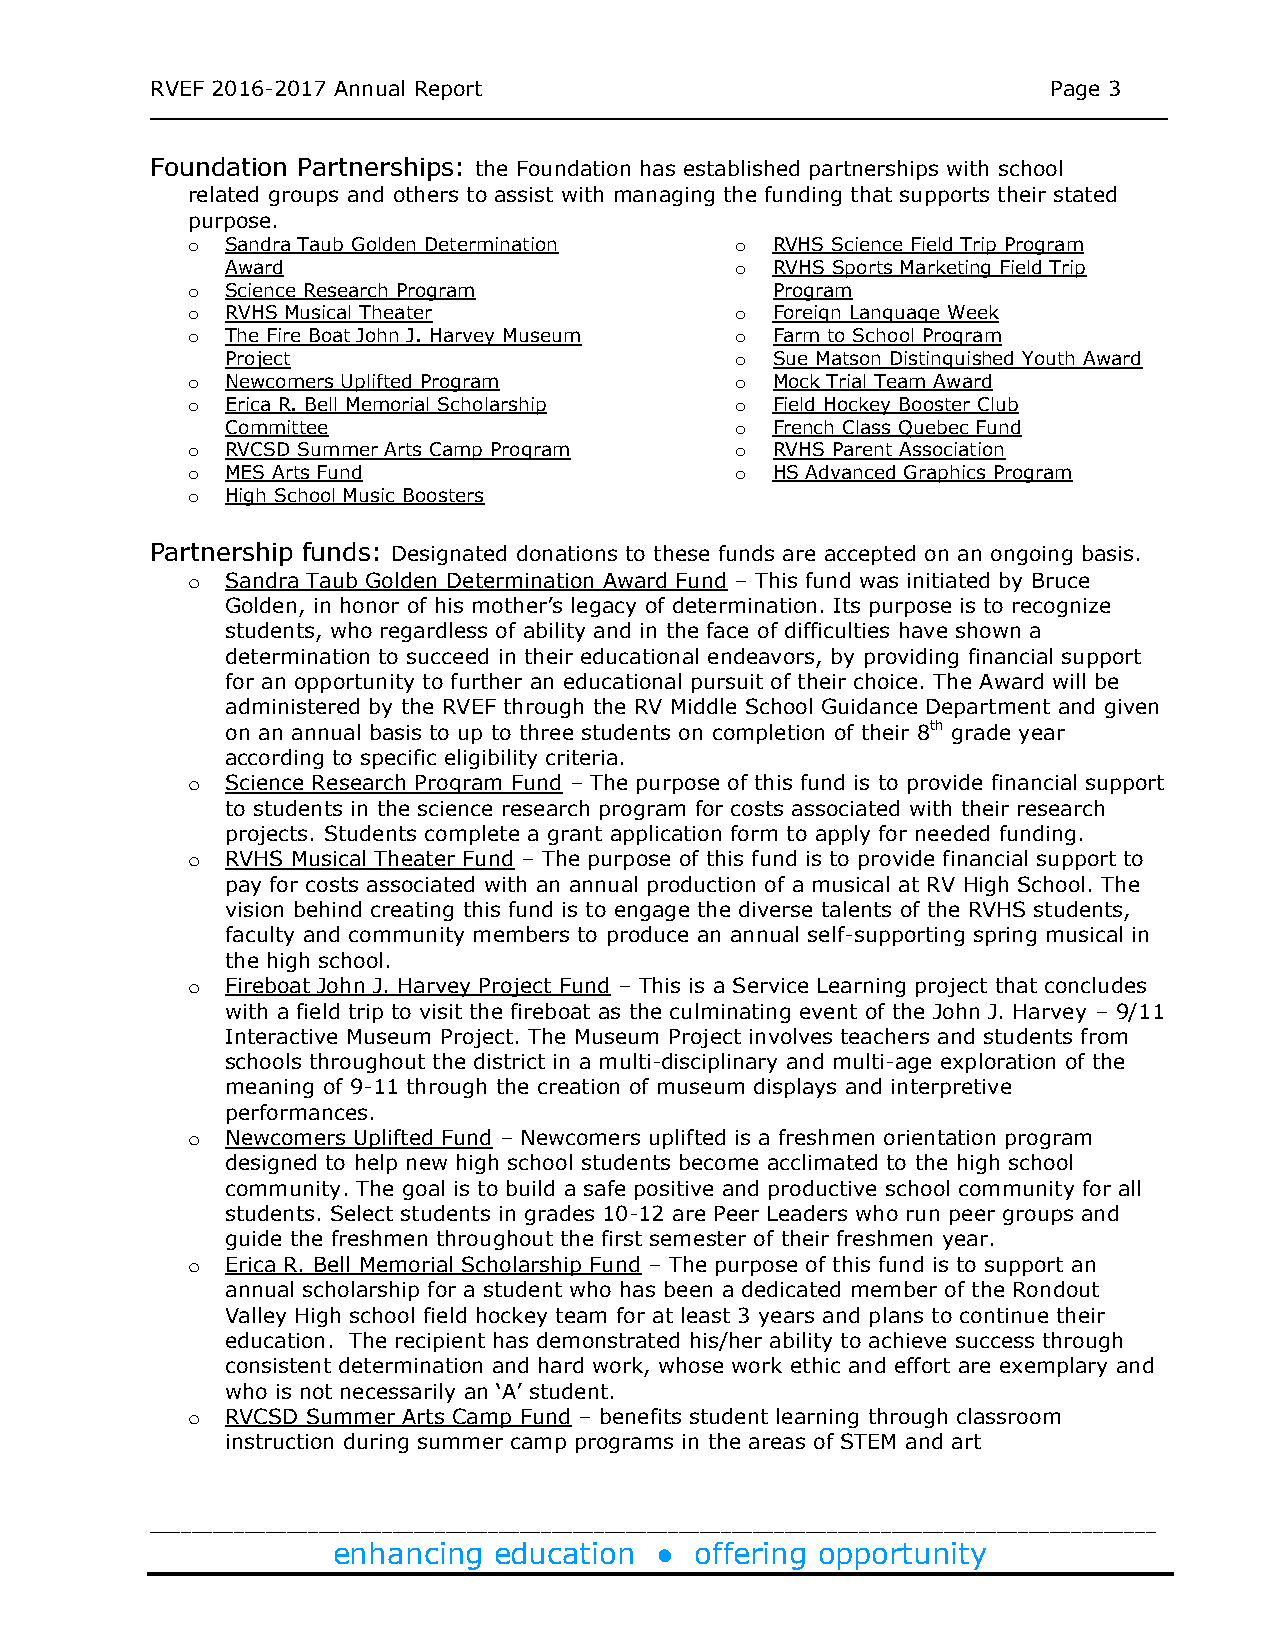
RVEF 2016-2017 Annual Report                                Page 3
 ______________________________________________________________________________________
 Foundation Partnerships: the Foundation has established partnerships with school
 related groups and others to assist with managing the funding that supports their stated
 purpose.
 o  Sandra Taub Golden Determination  o RVHS Science Field Trip Program
 Award                             o RVHS Sports Marketing Field Trip
 o  Science Research Program            Program
 o  RVHS Musical Theater              o Foreign Language Week
 o  The Fire Boat John J. Harvey Museum o Farm to School Program
 Project                           o Sue Matson Distinguished Youth Award
 o  Newcomers Uplifted Program        o Mock Trial Team Award
 o  Erica R. Bell Memorial Scholarship o Field Hockey Booster Club
 Committee                         o French Class Quebec Fund
 o  RVCSD Summer Arts Camp Program    o RVHS Parent Association
 o  MES Arts Fund                     o HS Advanced Graphics Program
 o  High School Music Boosters
 Partnership funds: Designated donations to these funds are accepted on an ongoing basis.
 o  Sandra Taub Golden Determination Award Fund – This fund was initiated by Bruce
 Golden, in honor of his mother’s legacy of determination. Its purpose is to recognize
 students, who regardless of ability and in the face of difficulties have shown a
 determination to succeed in their educational endeavors, by providing financial support
 for an opportunity to further an educational pursuit of their choice. The Award will be
 administered by the RVEF through the RV Middle School Guidance Department and given
 on an annual basis to up to three students on completion of their 8th grade year
 according to specific eligibility criteria.
 o  Science Research Program Fund – The purpose of this fund is to provide financial support
 to students in the science research program for costs associated with their research
 projects. Students complete a grant application form to apply for needed funding.
 o  RVHS Musical Theater Fund – The purpose of this fund is to provide financial support to
 pay for costs associated with an annual production of a musical at RV High School. The
 vision behind creating this fund is to engage the diverse talents of the RVHS students,
 faculty and community members to produce an annual self-supporting spring musical in
 the high school.
 o  Fireboat John J. Harvey Project Fund – This is a Service Learning project that concludes
 with a field trip to visit the fireboat as the culminating event of the John J. Harvey – 9/11
 Interactive Museum Project. The Museum Project involves teachers and students from
 schools throughout the district in a multi-disciplinary and multi-age exploration of the
 meaning of 9-11 through the creation of museum displays and interpretive
 performances.
 o  Newcomers Uplifted Fund – Newcomers uplifted is a freshmen orientation program
 designed to help new high school students become acclimated to the high school
 community. The goal is to build a safe positive and productive school community for all
 students. Select students in grades 10-12 are Peer Leaders who run peer groups and
 guide the freshmen throughout the first semester of their freshmen year.
 o  Erica R. Bell Memorial Scholarship Fund – The purpose of this fund is to support an
 annual scholarship for a student who has been a dedicated member of the Rondout
 Valley High school field hockey team for at least 3 years and plans to continue their
 education. The recipient has demonstrated his/her ability to achieve success through
 consistent determination and hard work, whose work ethic and effort are exemplary and
 who is not necessarily an ‘A’ student.
 o  RVCSD Summer Arts Camp Fund – benefits student learning through classroom
 instruction during summer camp programs in the areas of STEM and art
 _______________________________________________________________________________________________
 enhancing  education ●  offering opportunity